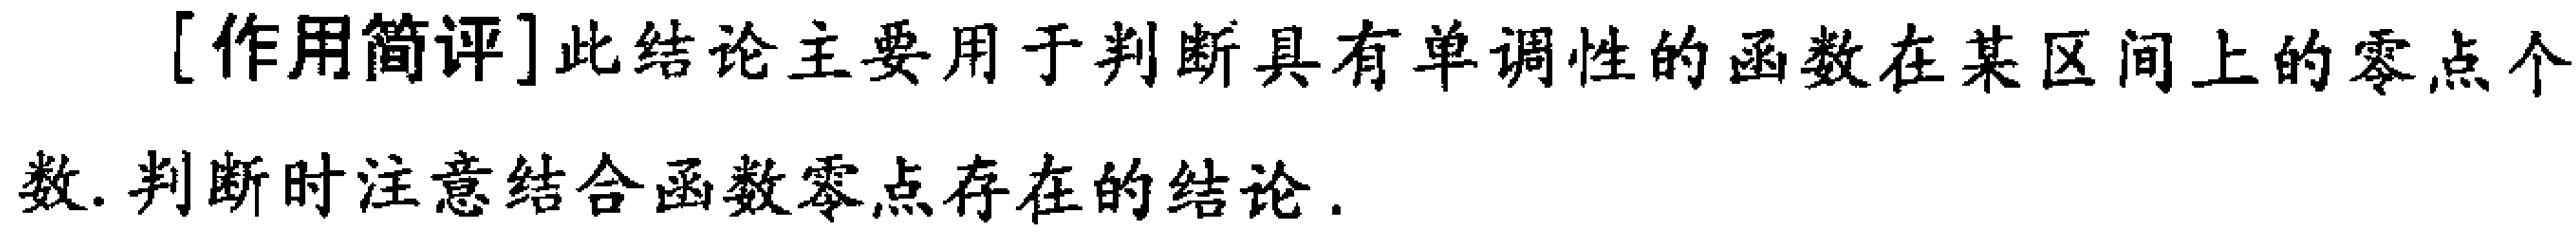
[作用简评]此结论主要用于判断具有单调性的函数在某区间上的零点个数.判断时注意结合函数零点存在的结论.